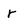
Character: r